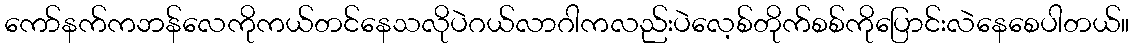
ကော်နက်ကဘန်လေကိုကယ်တင်နေသလိုပဲဂယ်လာဂါကလည်းပဲလေ့စ်တိုက်စစ်ကိုပြောင်းလဲနေစေပါတယ်။